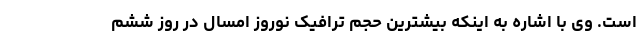
است. وی با اشاره به اینکه بیشترین حجم ترافیک نوروز امسال در روز ششم